Indian journal of veterinary science and animal husbandry - Volumes 22-23, 1952-1953
Year: 1952
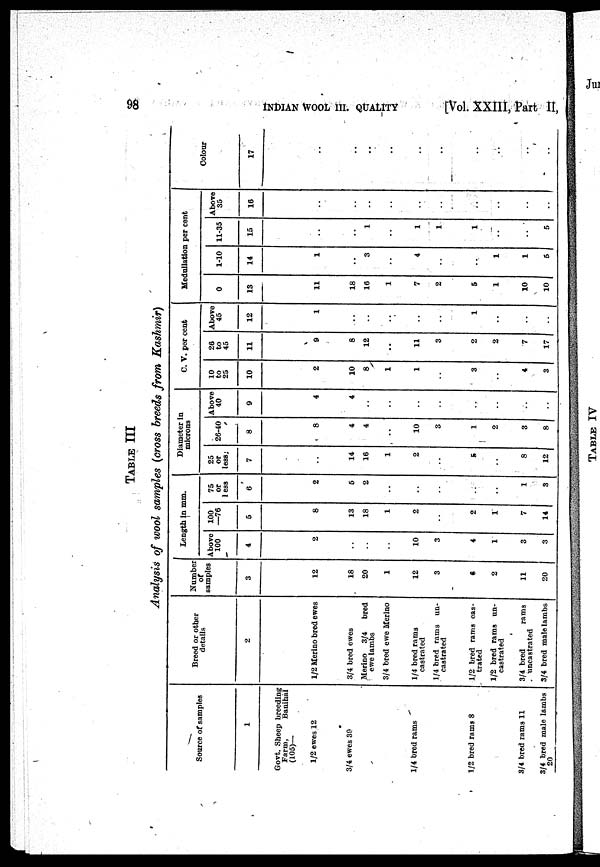
98
INDIAN
WOOL
III.
QUALITY
[Vol. XXIII, fart II,
TABLE III
Analysis of wool samples (cross breeds from Kashmir)
Source of samples
1
Govt. Sheep breeding
Farm,
Banihal
(105)—
1/2 ewes 12
3/4 ewes 39
1/4 bred rams
1/2 bred rams 8
3/4 bred rams 11
3/4 bred male lambs
20
Breed or other
details
2
1/2 Merino bred ewes
3/4 bred ewes
Merino 3/4
bred
ewe lambs
3/4 bred ewe Merino
1/4 bred rams
castrated
1/4 bred rams un¬
castrated
1/2 bred rams cas-
trated
1/2 bred rams un¬
castrated
3/4 bred
rams
uncastrated
3/4 bred male lambs
Number
of
samples
3
12
18
20
1
12
3
6
2
11
20
Length in mm.
Above
100
-
4
2
..
..
..
10
3
4
1
3
3
100
—76
5
8
13
18
1
2
..
2
1
7
14
75
or
less
6
2
5
2
..
..
..
..
..
1
3
Diameter in
microns
25
or
less
7
14
16
1
2
..
5
8
12
26-40
8
8
4
4
..
10
3
1
2
3
8
Above
40
9
4
4
..
..
..
..
..
..
..
C. V. per cent
10
to
25
10
2
10
8
1
1
..
3
..
4
3
26
to
45
11
9
8
12
..
11
3
2
2
7
17
Above
45
12
1
..
..
..
..
..
1
..
..
..
Medullation per cent
0
13
11
18
16
1
7
2
5
1
10
10
1-10
14
1
..
3
..
4
..
..
1
1
5
11-35
15
..
..
1
..
1
..
1
1
..
..
5
Above
35
16
..
..
..
..
..
..
..
..
..
..
Colour
17
..
..
..
..
..
..
..
..
..
..